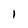
Character: 1